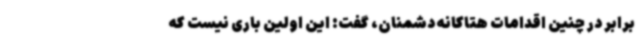
برابر در چنین اقدامات هتاکانه‌ دشمنان، گفت: این اولین باری نیست که